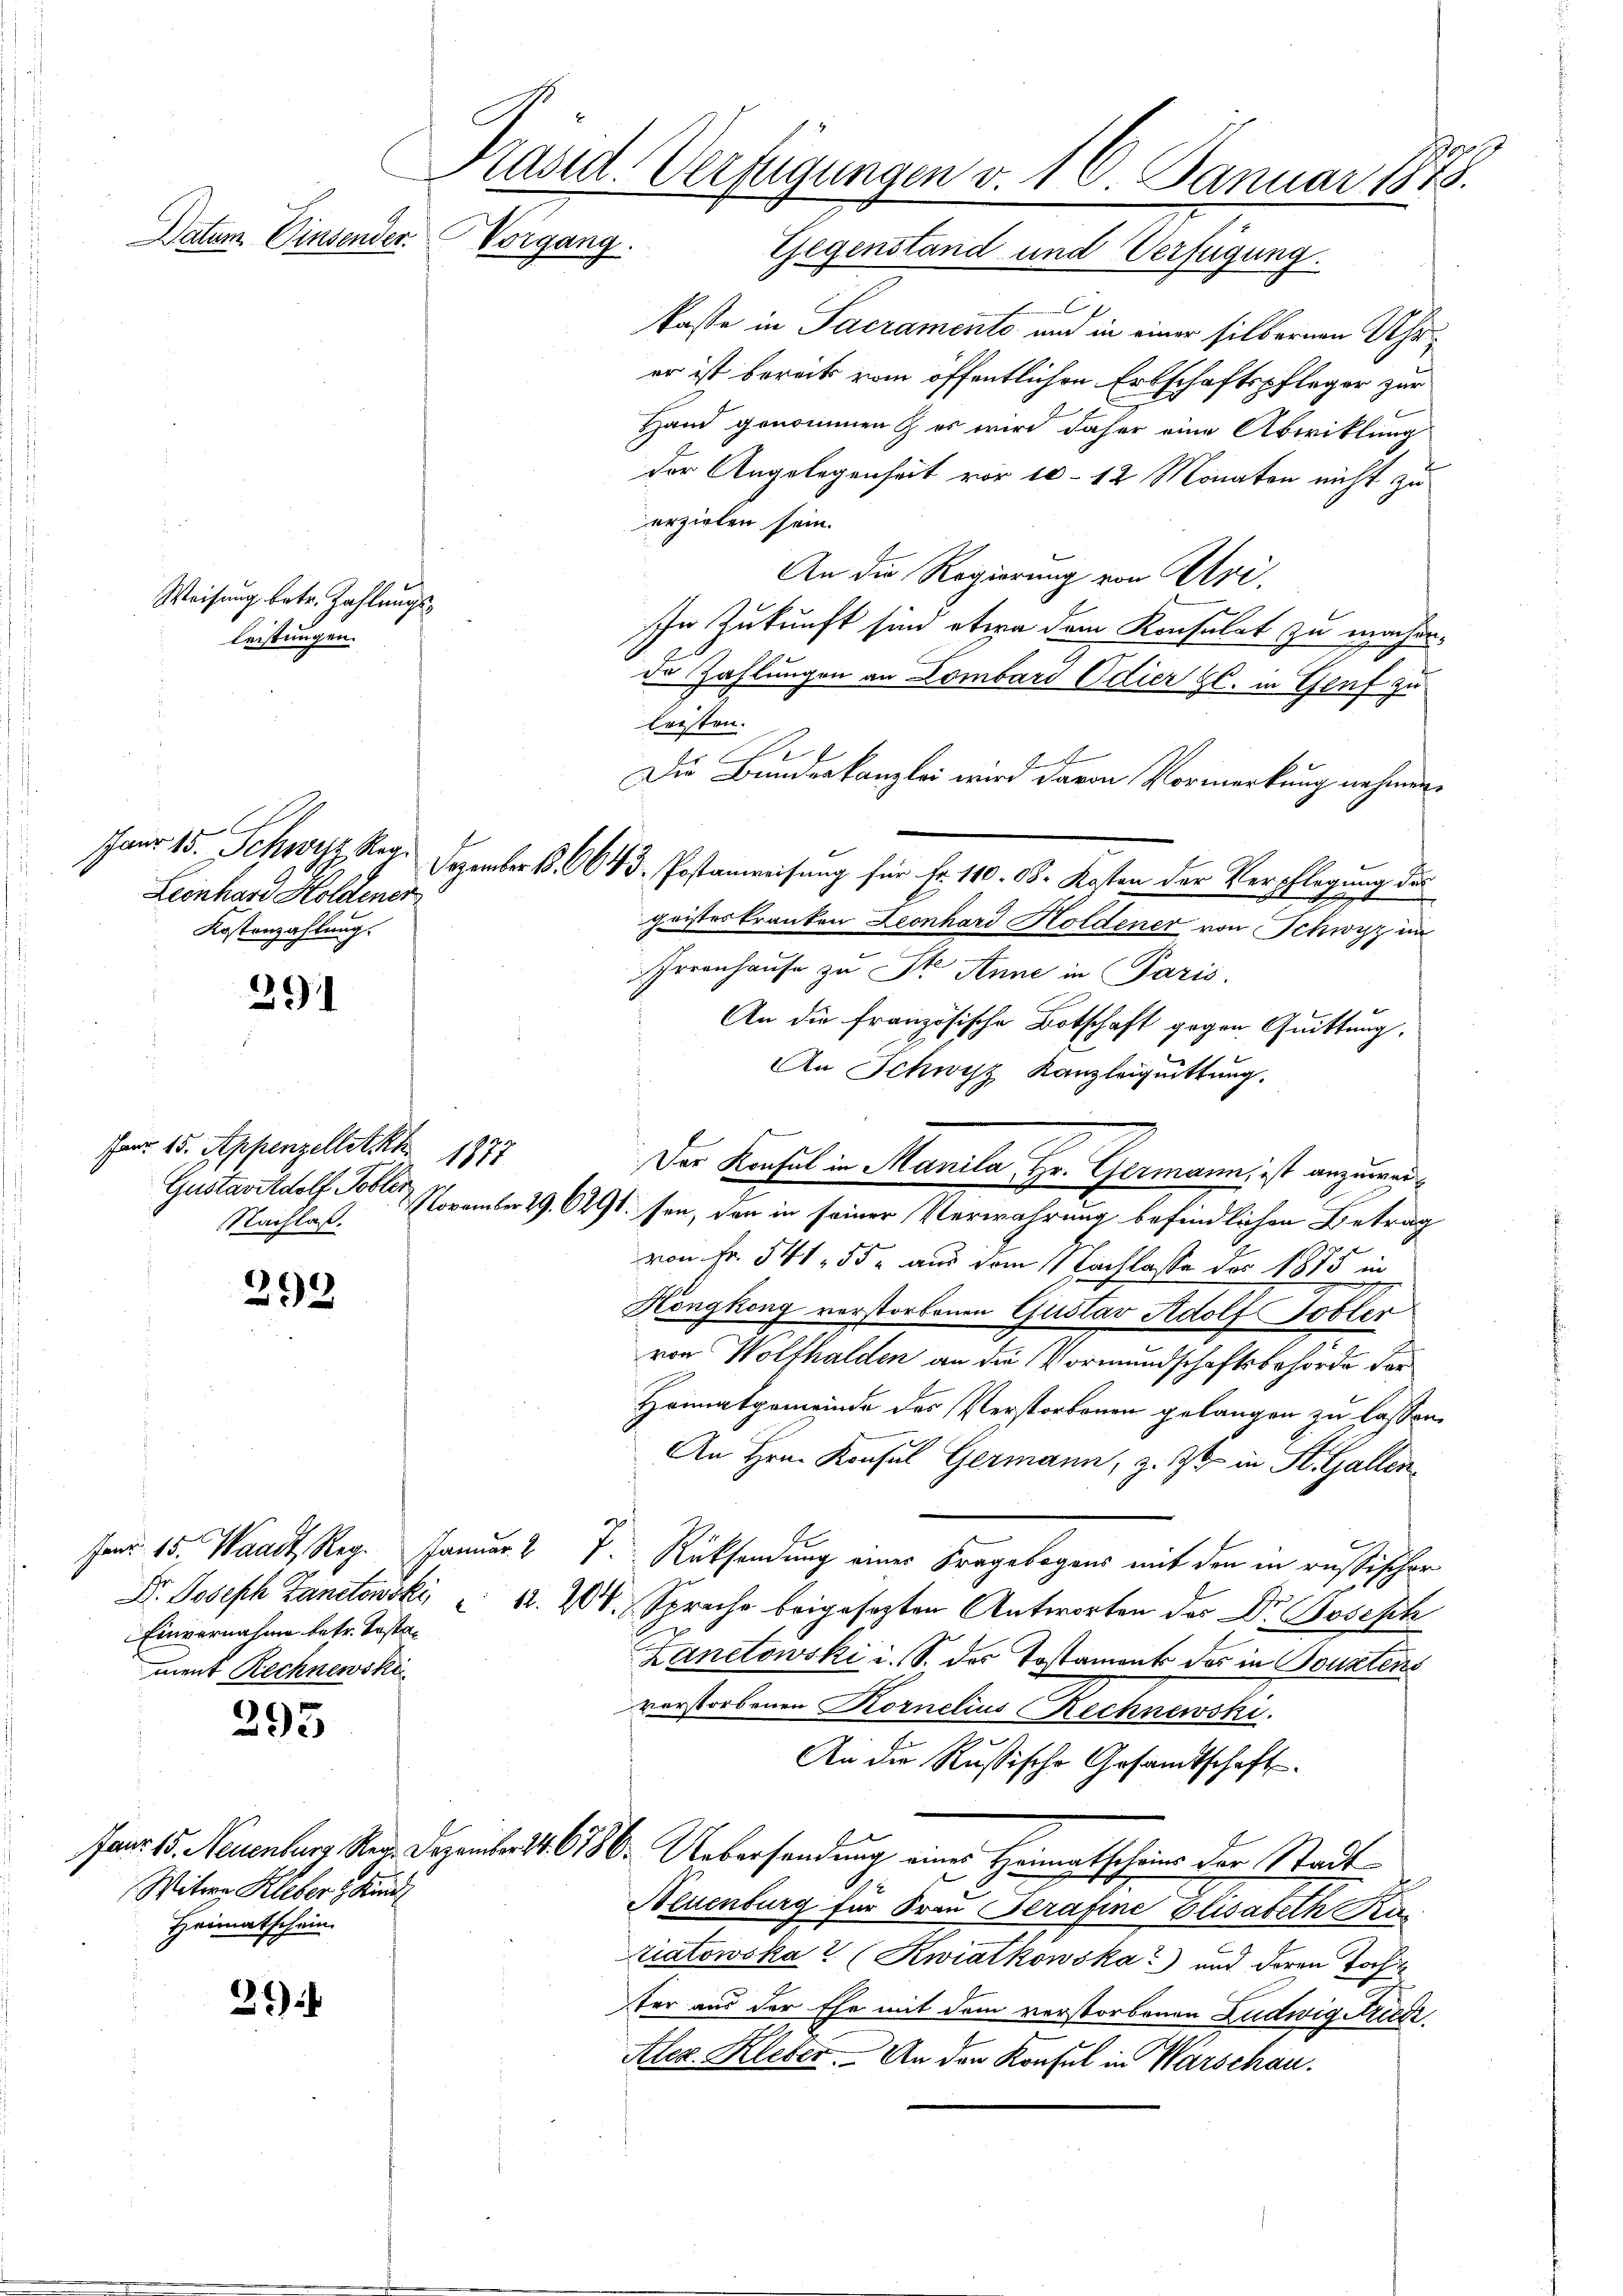
Paur 15. Schwyz Reg.
Leonhard Holdener
Kostenzahlung.

H
Präsid. Verfügungen v. 10. Januar 1878.
Datum Einsender.
Vorgang.
Gegenstand und Verfügung.

Weisung betr. Zahlungsleistungen.

291

farr 15. Appenzellet Kh
1115
Nachlaß.

299

295

2

Witwe Kleber & Kund
Heimatschein.

kasse in Sacramento und in einer silbernen Uhrer ist bereits vom öffentlichen Erbschaftspfleger zur
Hand genommen & es wird daher eine Abwicklung
der Angelegenheit vor 10-12 Monaten nicht zu
erzielen sein.
An die Regierung von Uri.
In Zukunft sind etwa dem Konsulat zu machende Zahlungen an Lombard Odier H. in Genf zu
lresten.
Die Bundeskanzlei wird davon Vormerkung nehmen.
Dezember B. 664 d. Postanweisung für Fr. 110. 08. Kosten der Verpflegung des
geisteskranken Leonhard Holdener von Schwyz im
Froonhause zu St. Anne in Paris.
An die französische Botschaft gegen Quittung,
An Schwyz Kanzleiquittung.
Gustavitdolf Sollte. November 29. 6291. sei, den in seiner Verwahrung befindlichen Betrag
von Fr. 541. 55 aus dem Nachlasse des 1875 in
Köngkong verstorbenen Gustav Adolf Tobler
von Wolthalden an die Vormundschaftsbehörde der
Heimatgemeinde des Verstorbenen gelangen zu lassen,
An Hrn. Konsul Germann, z. Zt. in St. Gallen
Jan. 15. Waadt, Reg. Januar 2 J. Rücksendung einer Fragebogens mit den in russischer
.
Dr. Joseph Lanetowski, " 12. 204. Sprache beigesezten Antworten des Dr. Joseph
s
Lanetowski i. S. des Tostaments des in Sonntens
verstorbenen Kornelius Rechnewski.
An die Rußische Gesandtschaft.
Janr. 15. Neuenburg, Seg. Dezember 16186. Uebersendung eines Heimatscheine der Stadt
Neuenburg für Frau Strafine Elisabeth Ka
ziatowska (Kwiatkowska) und deren Tocht
ter aus der Ehe mit dem verstorbenen Ludwig Friedi¬
Alex. Kleber. An den Konsul in Warschau.

Einvernahme betr. Kastament Rechnewski

Der Konsul in Manila Hr. Germann, ist anzuwei¬